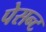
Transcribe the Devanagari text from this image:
पेसन्ट